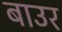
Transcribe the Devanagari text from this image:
बाउर